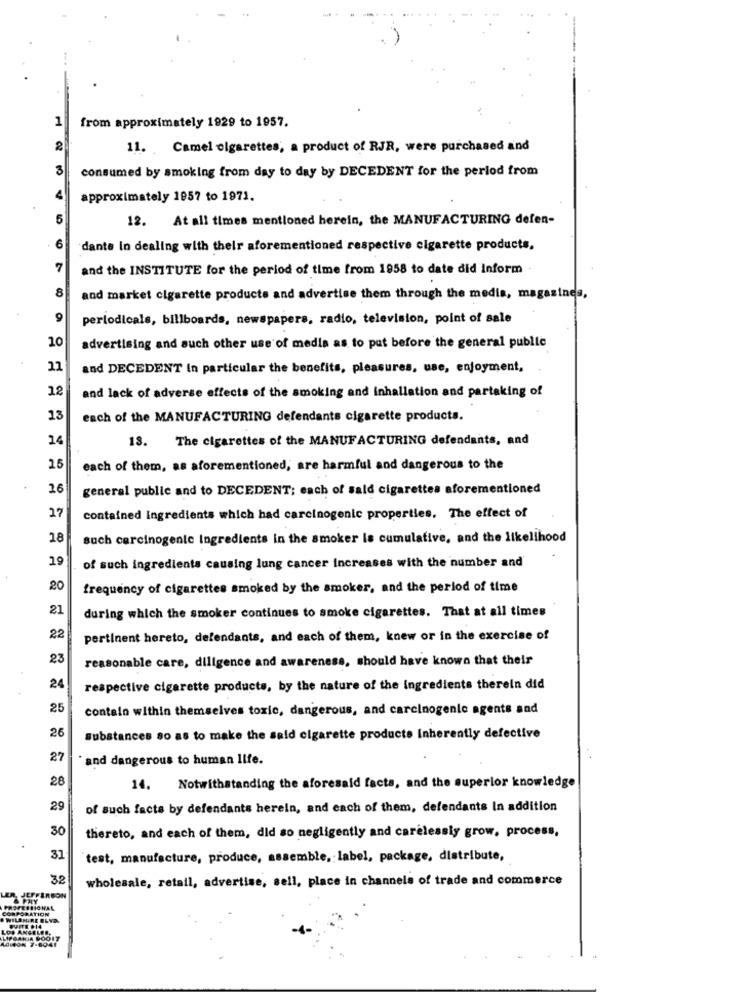
1
from approximately 1929 to 1957.
2
11. Camel cigarettes, a product of RJR, were purchased and
3
consumed by smoking from day to day by DECEDENT for the period from
approximately 1957 to 1971.
5
12. At all times mentioned herein, the MANUFACTURING defen-
6
dante In dealing with their aforementioned respective cigarette products,
7
and the INSTITUTE for the period of time from 1958 to date did Inform
8
and market cigarette products and advertise them through the media, magazines,
9
periodicals, billboards, newspapers, radio, television, point of sale
10
advertising and such other use of media as to put before the general public
11
and DECEDENT In particular the benefits, pleasures, use, enjoyment,
12
and lack of adverse effects of the smoking and inhallation and partaking of
13
each of the MANUFACTURING defendants cigarette products.
14
18.
The cigarettes of the MANUFACTURING defendants, and
15
each of them, as aforementioned, are harmful and dangerous to the
26
general public and to DECEDENT; each of sald cigarettes aforementioned
17
contained ingredients which had carcinogenic properties. The effect of
28
such carcinogenic Ingredients in the smoker ls cumulative, and the likelihood
19
of such ingredients causing lung cancer increases with the number and
20
frequency of cigarettes smoked by the smoker, and the period of time
21
during which the smoker continues to smoke cigarettes. That at all times
22
pertinent hereto, defendants, and each of them, knew or in the exercise of
23
reasonable care, diligence and awareness, should have known that their
24
respective cigarette products, by the nature of the ingredients therein did
25
contain within themselves toxic, dangerous, and carcinogenic agents and
26
substances so as to make the said cigarette producte Inherently defective
27
` and dangerous to human life.
28
14. Notwithstanding the aforesaid facts, and the superior knowledge
29
of such facts by defendants herein, and each of them, defendants In addition
30
thereto, and each of them, did so negligently and carelessly grow, process,
31
test, manufacture, produce, assemble, label, package, distribute,
32
wholesale, retail, advertise, sell, place in channels of trade and commerce
FESIONAL
ATION